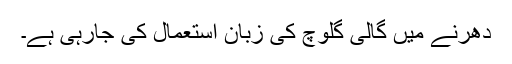
دھرنے میں گالی گلوچ کی زبان استعمال کی جارہی ہے۔